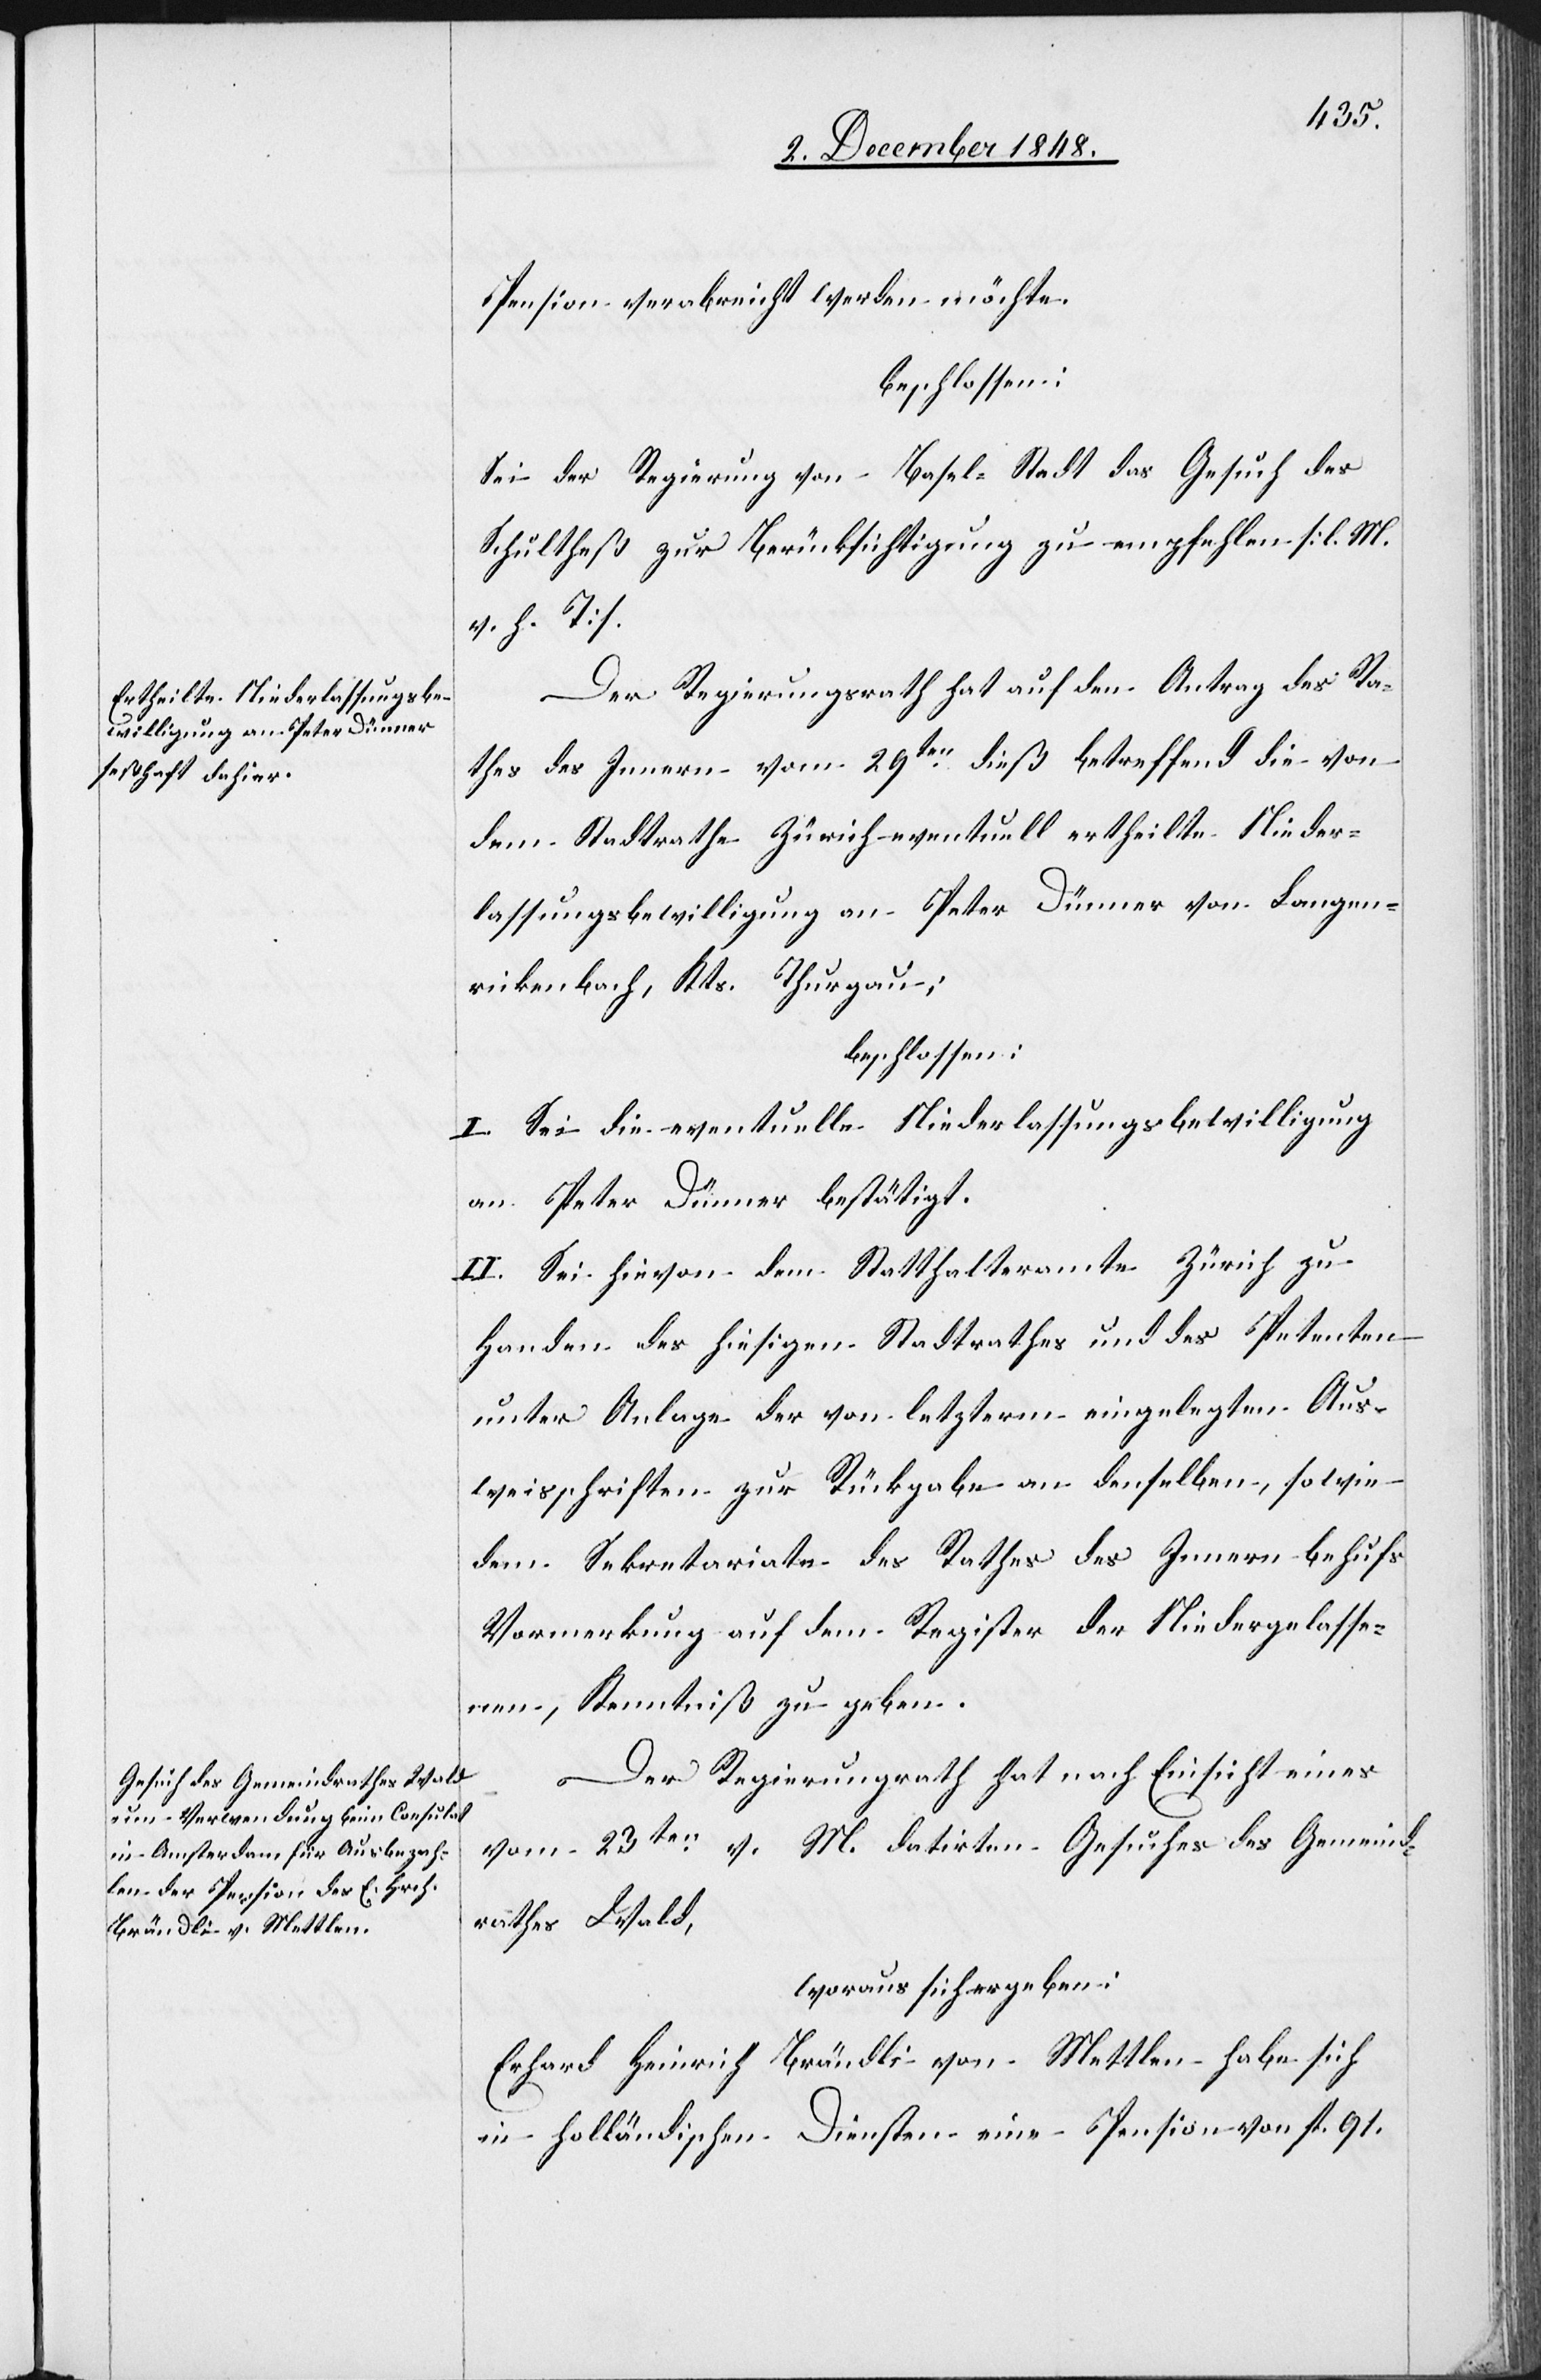
Pension verabreicht werden möchte.
beschlossen:
Sei der Regierung von Basel Stadt das Gesuch des
Schultheß zur Berücksichtigung zu empfehlen [l. M.
v. h. T].
Der Regierungsrath hat auf den Antrag des Ra¬
thes des Innern vom 29ten dieß betreffend die von
dem Stadtrathe Zürich eventuell ertheilte Nieder¬
lassungsbewilligung an Peter Dünner von Langen¬
rickenbach, Kts. Thurgau;
beschlossen:
I. Sei die eventuelle Niederlassungsbewilligung
an Peter Dünner bestätigt.
II. Sei hievon dem Statthalteramte Zürich zu
Handen des hiesigen Stadtrathes und des Petenten
unter Anlage der von letzterm eingelegten Aus¬
weisschriften zur Rückgabe an denselben, sowie
dem Sekretariate des Rathes des Innern behufs
Vormerkung auf dem Register der Niederlass¬
ungen, Kenntniß zu geben.
Der Regierungsrath hat nach Einsicht eines
vom 23ten v. M. datirten Gesuches des Gemeind¬
rathes Wald,
woraus sich ergeben:
Erhard Heinrich Brändli von Mettlen habe sich
in holländischen Diensten eine Pension von fl. 91.